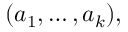
( a _ { 1 } , \ldots , a _ { k } ) ,